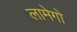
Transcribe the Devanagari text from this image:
लामेगो